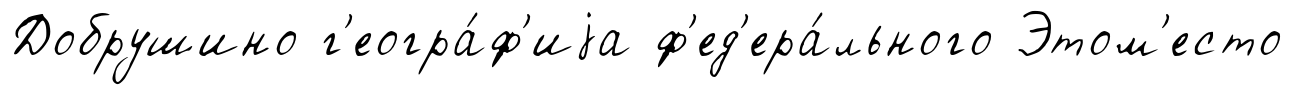
Добрушино г'еогра́ф'иjа ф'ед'ера́льного Этом'есто